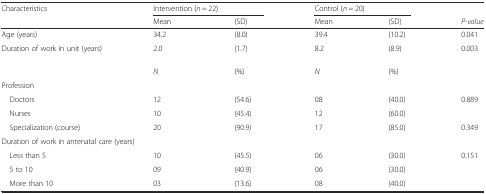
<table><thead><tr><td><b>Characteristics</b></td><td colspan="2"><b>Intervention (<i>n</i> = 22)</b></td><td colspan="2"><b>Control (<i>n</i> = 20)</b></td><td></td></tr><tr><td></td><td><b>Mean</b></td><td><b>(SD)</b></td><td><b>Mean</b></td><td><b>(SD)</b></td><td><b><i>P-value</i></b></td></tr></thead><tbody><tr><td>Age (years)</td><td>34.2</td><td>(8.0)</td><td>39.4</td><td>(10.2)</td><td>0.041</td></tr><tr><td>Duration of work in unit (years)</td><td>2.0</td><td>(1.7)</td><td>8.2</td><td>(8.9)</td><td>0.003</td></tr><tr><td></td><td><i>N</i></td><td>(%)</td><td><i>N</i></td><td>(%)</td><td></td></tr><tr><td colspan="6">Profession</td></tr><tr><td> Doctors</td><td>12</td><td>(54.6)</td><td>08</td><td>(40.0)</td><td rowspan="2">0.889</td></tr><tr><td> Nurses</td><td>10</td><td>(45.4)</td><td>12</td><td>(60.0)</td></tr><tr><td> Specialization (course)</td><td>20</td><td>(90.9)</td><td>17</td><td>(85.0)</td><td>0.349</td></tr><tr><td colspan="6">Duration of work in antenatal care (years)</td></tr><tr><td> Less than 5</td><td>10</td><td>(45.5)</td><td>06</td><td>(30.0)</td><td rowspan="3">0.151</td></tr><tr><td> 5 to 10</td><td>09</td><td>(40.9)</td><td>06</td><td>(30.0)</td></tr><tr><td> More than 10</td><td>03</td><td>(13.6)</td><td>08</td><td>(40.0)</td></tr></tbody></table>